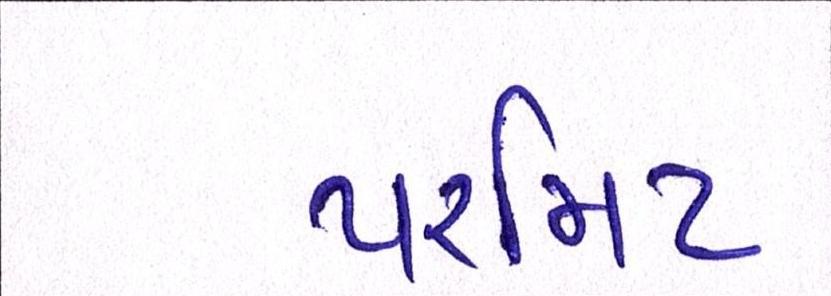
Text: પરમિટ